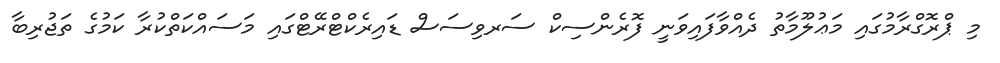
މި ޕްރޮގްރާމުގައި މަޢުލޫމާތު ދެއްވާފައިވަނީ ފޮރެންސިކް ސަރވިސަސް ޑައިރެކްޓްރޭޓްގައި މަސައްކަތްކުރާ ކަމުގެ ތަޖުރިބާ